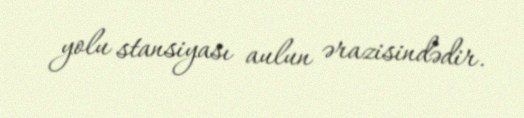
yolu stansiyası aulun ərazisindədir.